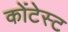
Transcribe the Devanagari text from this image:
कोंटेस्ट